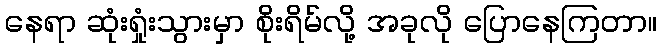
နေရာ ဆုံးရှုံးသွားမှာ စိုးရိမ်လို့ အခုလို ပြောနေကြတာ။